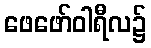
ဖေဖော်ဝါရီလ၌